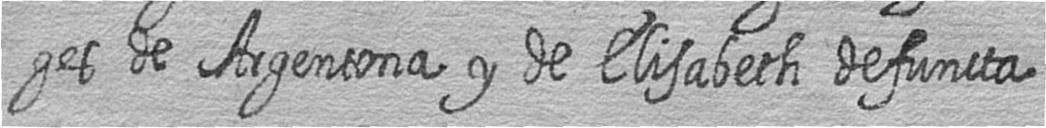
ges de Argentona y de Elisabeth defuncta